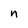
Character: n